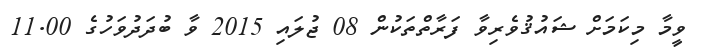
ވީމާ މިކަމަށް ޝައުޤުވެރިވާ ފަރާތްތަކުން 08 ޖުލައި 2015 ވާ ބުދަދުވަހުގެ 11.00